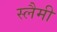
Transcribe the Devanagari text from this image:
स्लैमी